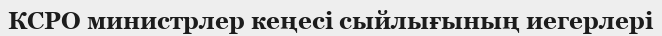
КСРО министрлер кеңесі сыйлығының иегерлері